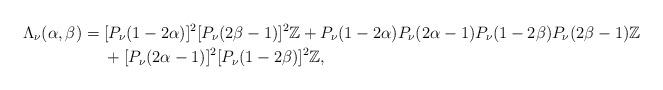
LaTeX: \begin{align*} \Lambda_\nu(\alpha,\beta)={}&[P_\nu(1-2\alpha)]^2[P_{\nu }(2\beta-1)]^2\mathbb Z+P_\nu(1-2\alpha)P_\nu(2\alpha-1)P_{\nu }(1-2\beta)P_{\nu }(2\beta-1)\mathbb Z\\{}&+[P_\nu(2\alpha-1)]^2[P_{\nu }(1-2\beta)]^2\mathbb Z,\end{align*}